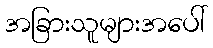
အခြားသူများအပေါ်